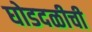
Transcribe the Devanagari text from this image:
घोडदळीची